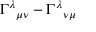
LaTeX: \Gamma ^ { \lambda } { } _ { \mu \nu } - \Gamma ^ { \lambda } { } _ { \nu \mu }